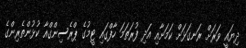
ދިޔައީ ވަރަށް ރަނގަޅަށް ކަމަށާއި އަދި ފުރަތަމަ ހާފްގައި ޓީމުގެ ޕްރެސިންގްއާ ކުޅުންތެރިންގެ